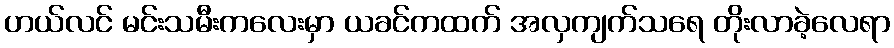
ဟယ်လင် မင်းသမီးကလေးမှာ ယခင်ကထက် အလှကျက်သရေ တိုးလာခဲ့လေရာ